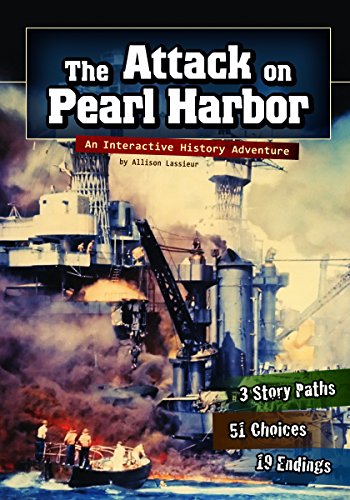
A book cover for The Attack on Pearl Harbor: An Interactive History Adventure (You Choose: History); Allison Lassieur; Children's Books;